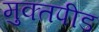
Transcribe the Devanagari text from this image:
मुक्तपीड